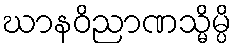
ဃာနဝိညာဏသ္မိမ္ပိ